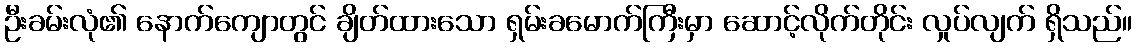
ဦးခမ်းလုံ၏ နောက်ကျောတွင် ချိတ်ထားသော ရှမ်းခမောက်ကြီးမှာ ဆောင့်လိုက်တိုင်း လှုပ်လျက် ရှိသည်။